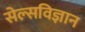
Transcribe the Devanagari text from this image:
सेल्सविज्ञान